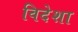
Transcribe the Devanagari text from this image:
विदेशा